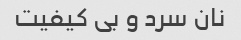
نان سرد و بی کیفیت